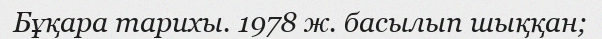
Бұқара тарихы. 1978 ж. басылып шыққан;